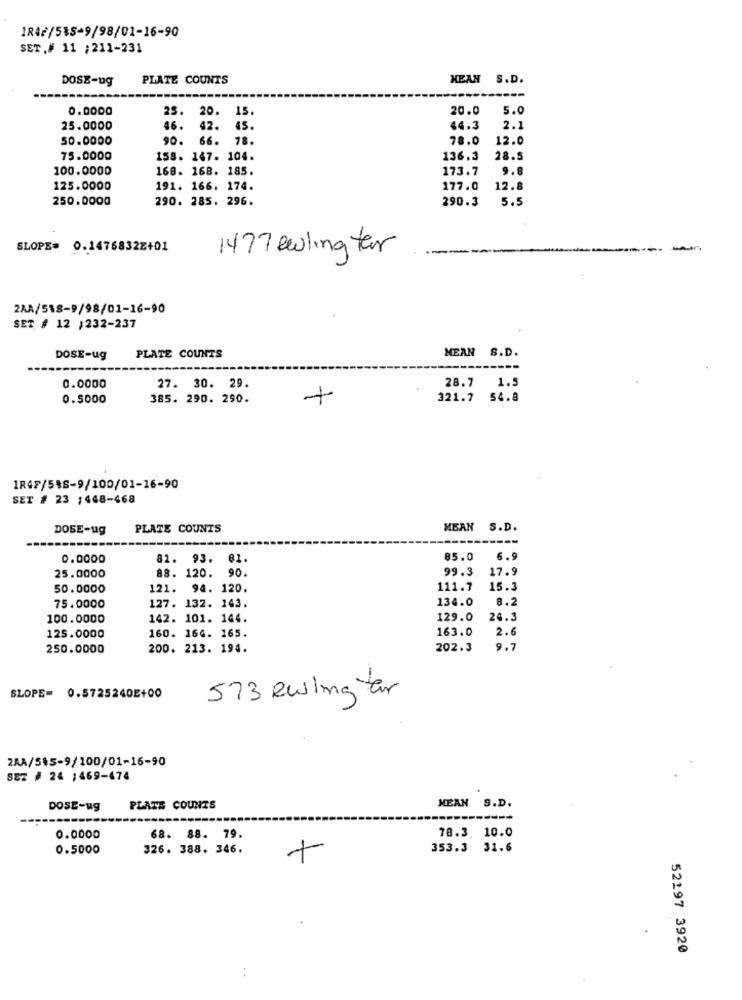
1842/535-9/98/01-16-90
SET.# 11 ; 211-231
DOSE-ug
PLATE COUNTS
MEAN S.D.
0.0000
25. 20.
15
20.0
5.0
25.0000
46. 42.
45.
44.3
2.
50.0000
90.
66. 78.
78.0
12.0
75.0000
158. 147. 104.
136.3
28.5
100.0000
168. 168. 185.
173.7
9.8
125.0000
191. 166. 174.
177.0
12.8
250.0000
290. 285. 296.
290.3
5.5
SLOPE= 0.1476832Z+01
1477 ewling ter
2AA/518-9/98/01-16-90
SET # 12 1232-237
DOSE-ug
PLATE COUNTS
MEAN S.D.
1.5
0.0000
27. 30. 29.
28.7
0.5000
385. 290. 290.
+
321.7 54.8
1R47/548-9/100/01-16-90
SET # 23 ;468-468
DOSE-ug
PLATE COUNTS
MEAN S.D.
----
0.0000
81. 93. 81.
85.0
6.9
88. 120. 9
99.3
17.9
25.0000
50.0000
121.
94. 120.
111.7
15.3
134.0
8.2
75.0000
127. 132. 143.
100.0000
142. 101. 144.
129.0
24.3
160. 164. 165.
163.0
2.6
125.0000
250.0000
200. 213. 194.
202.3
9.7
573 ewing tar
SLOPE= 0.5725240E+00
2AA/5%5-9/100/01-16-90
SEZ # 24 ;469-474
DOSE-ug
PLATE COUNTS
MEAN S.D.
0.0000
68. 88. 79.
78.3. 10.0
0.5000
326. 388. 346.
353.3 31.6
52197 3920
. .